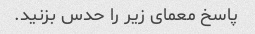
پاسخ معمای زیر را حدس بزنید.